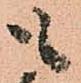
も